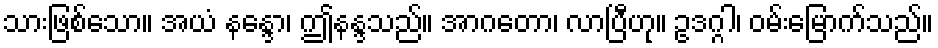
သားဖြစ်သော။ အယံ နန္ဒော၊ ဤနန္ဒသည်။ အာဂတော၊ လာပြီဟု။ ဥဒဂ္ဂါ၊ ဝမ်းမြောက်သည်။